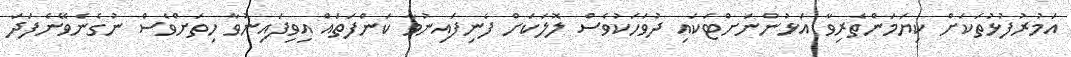
އަމުރުފުޅުތަކަށް ކިޔަމަންތެރިވާ އަޅުންނަށްޓަކައި ދުވަހަކުވެސް ލޮލަކަށް ފެނިފައިނުވާ ކަންފަތައް އިވިފައިނުވާ ހިތަށްވެސް ނުގެނެވޭނެފަދަ